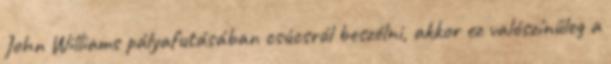
John Williams pályafutásában csúcsról beszélni, akkor ez valószínűleg a